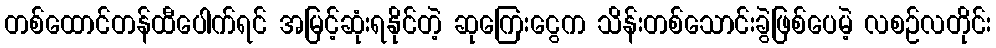
တစ်ထောင်တန်ထီပေါက်ရင် အမြင့်ဆုံးရနိုင်တဲ့ ဆုကြေးငွေက သိန်းတစ်သောင်းခွဲဖြစ်ပေမဲ့ လစဉ်လတိုင်း